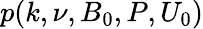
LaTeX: p(k,\nu,B_{0},P,U_{0})